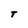
Character: T